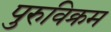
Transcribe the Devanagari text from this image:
पुरुविक्रम